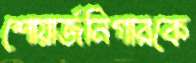
শোয়ার্জনিগারকে